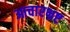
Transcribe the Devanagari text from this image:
आचारभ्रष्ट